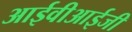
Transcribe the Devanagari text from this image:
आईवीआईजी